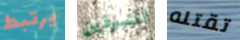
يرتبط المنبوذين تقتله